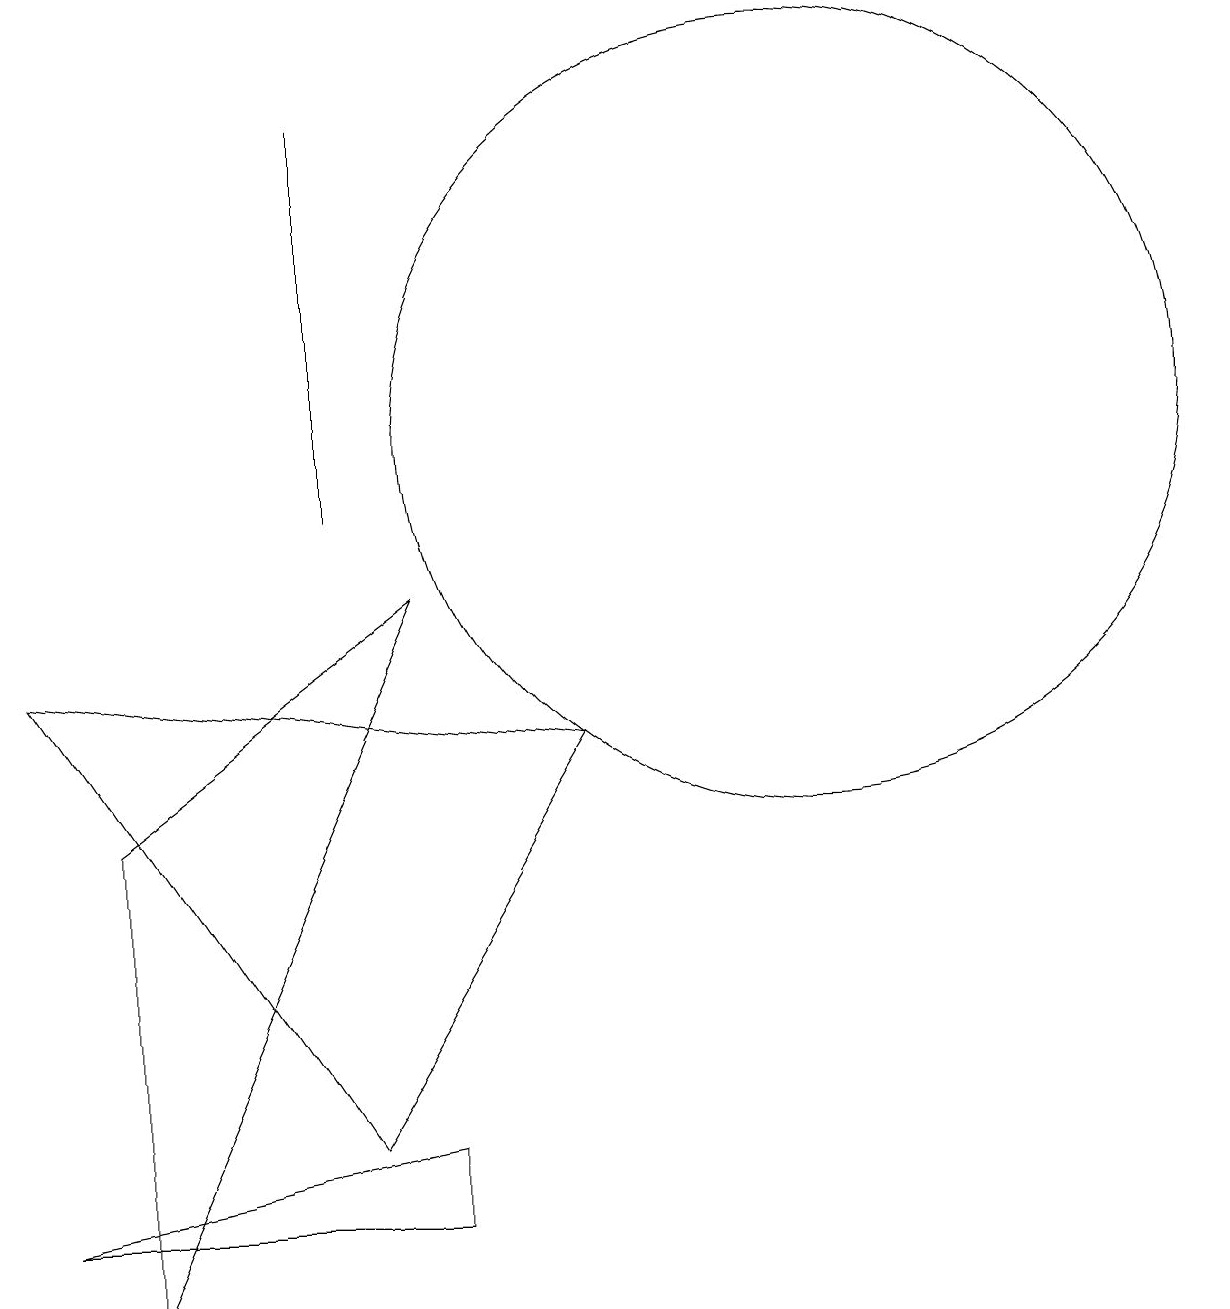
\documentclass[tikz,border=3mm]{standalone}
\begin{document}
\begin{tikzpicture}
\draw (12,11) circle (5);
\draw (7,9) -- (3,6) -- (3,0) -- cycle;
\draw (6,10) rectangle (6,15);
\draw (2,1) -- (7,1) -- (7,2) -- cycle;
\draw (2,8) -- (6,2) -- (9,7) -- cycle;
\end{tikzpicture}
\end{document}